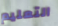
التعليم